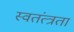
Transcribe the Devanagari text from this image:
स्वतंत्त्रता